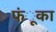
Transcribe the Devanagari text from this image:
फंूका